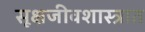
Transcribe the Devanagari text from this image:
सूक्षजीवशास्त्रात